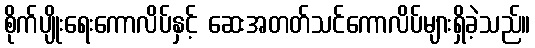
စိုက်ပျိုးရေးကောလိပ်နှင့် ဆေးအတတ်သင်ကောလိပ်များရှိခဲ့သည်။